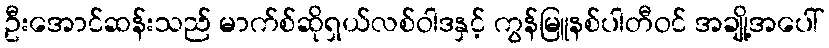
ဦးအောင်ဆန်းသည် မာက်စ်ဆိုရှယ်လစ်ဝါဒနှင့် ကွန်မြူနစ်ပါတီဝင် အချို့အပေါ်